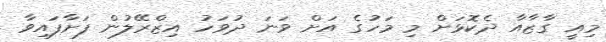
މިއީ ގާޒާއާ ދެކޮޅަށް މި މަހުގެ އަށް ވަނަ ދުވަހު އިޒްރޭލުން ފަށާފައިވާ